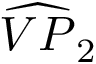
\widehat { V P } _ { 2 }